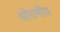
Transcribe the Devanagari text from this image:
श्रीरामीय